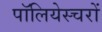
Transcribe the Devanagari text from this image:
पॉलियेस्चरों